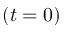
( t = 0 )